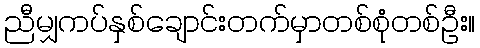
ညီမျှကပ်နှစ်ချောင်းတက်မှာတစ်စုံတစ်ဦး။